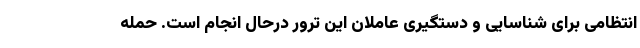
انتظامی برای شناسایی و دستگیری عاملان این ترور درحال انجام است. حمله